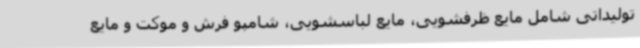
تولیداتی شامل مایع ظرفشویی، مایع لباسشویی، شامپو فرش و موکت و مایع